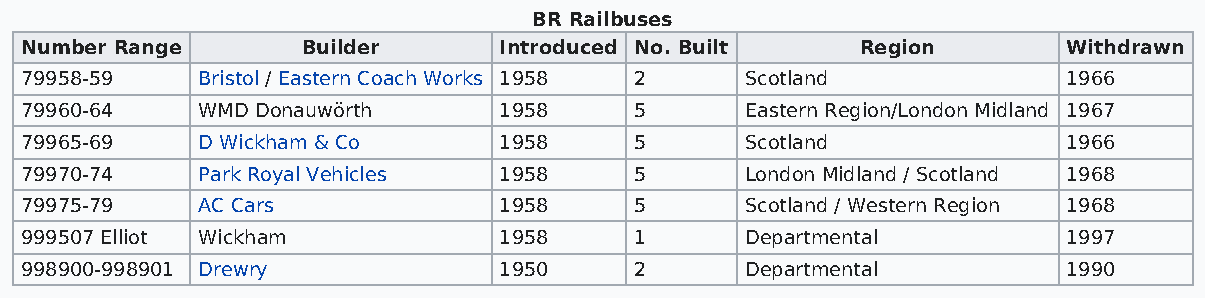
BR Railbuses
 Number Range       Builder      Introduced No. Built    Region        Withdrawn
 79958-59    Bristol / Eastern Coach Works 1958 2 Scotland             1966
 79960-64    WMD Donauwörth      1958     5      Eastern Region/London Midland 1967
 79965-69    D Wickham & Co      1958     5      Scotland              1966
 79970-74    Park Royal Vehicles 1958     5      London Midland / Scotland 1968
 79975-79    AC Cars             1958     5      Scotland / Western Region 1968
 999507 Elliot Wickham           1958     1      Departmental          1997
 998900-998901 Drewry            1950     2      Departmental          1990